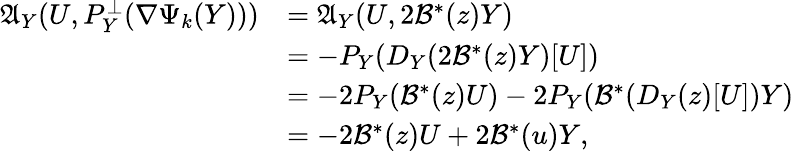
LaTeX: \begin{array}{rl}{\mathfrak{A}_{Y}(U,P_{Y}^{\perp}(\nabla\Psi_{k}(Y)))}&{=\mathfrak{A}_{Y}(U,2{\mathcal{B}}^{*}(z)Y)}\\ &{=-P_{Y}(D_{Y}(2{\mathcal{B}}^{*}(z)Y)[U])}\\ &{=-2P_{Y}({\mathcal{B}}^{*}(z)U)-2P_{Y}({\mathcal{B}}^{*}(D_{Y}(z)[U])Y)}\\ &{=-2{\mathcal{B}}^{*}(z)U+2{\mathcal{B}}^{*}(u)Y,}\end{array}